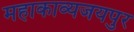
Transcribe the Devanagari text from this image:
महाकाव्यजयपुर